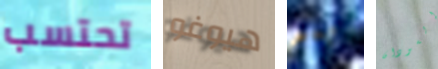
تحتسب هيوغو بعد السودان